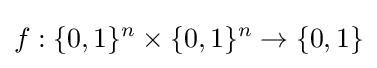
f:\{0,1\}^{n}\times \{0,1\}^{n}\to \{0,1\}